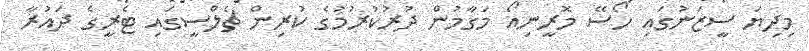
މިދިޔަ ސީޒަނުގައި ހޯސޭ މޮރީނިއޯ މަގާމުން ދުރުކުރުމުގެ ކުރިން ޗެލްސީގައި ޓެރީގެ ދައުރާ